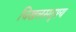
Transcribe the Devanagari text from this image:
चिखलसदृश्य